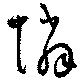
憐